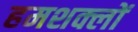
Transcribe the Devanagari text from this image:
हमशक्लों